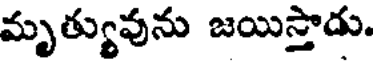
మృత్యువును జయిస్తాడు.